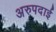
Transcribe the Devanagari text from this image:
अरुपदाई